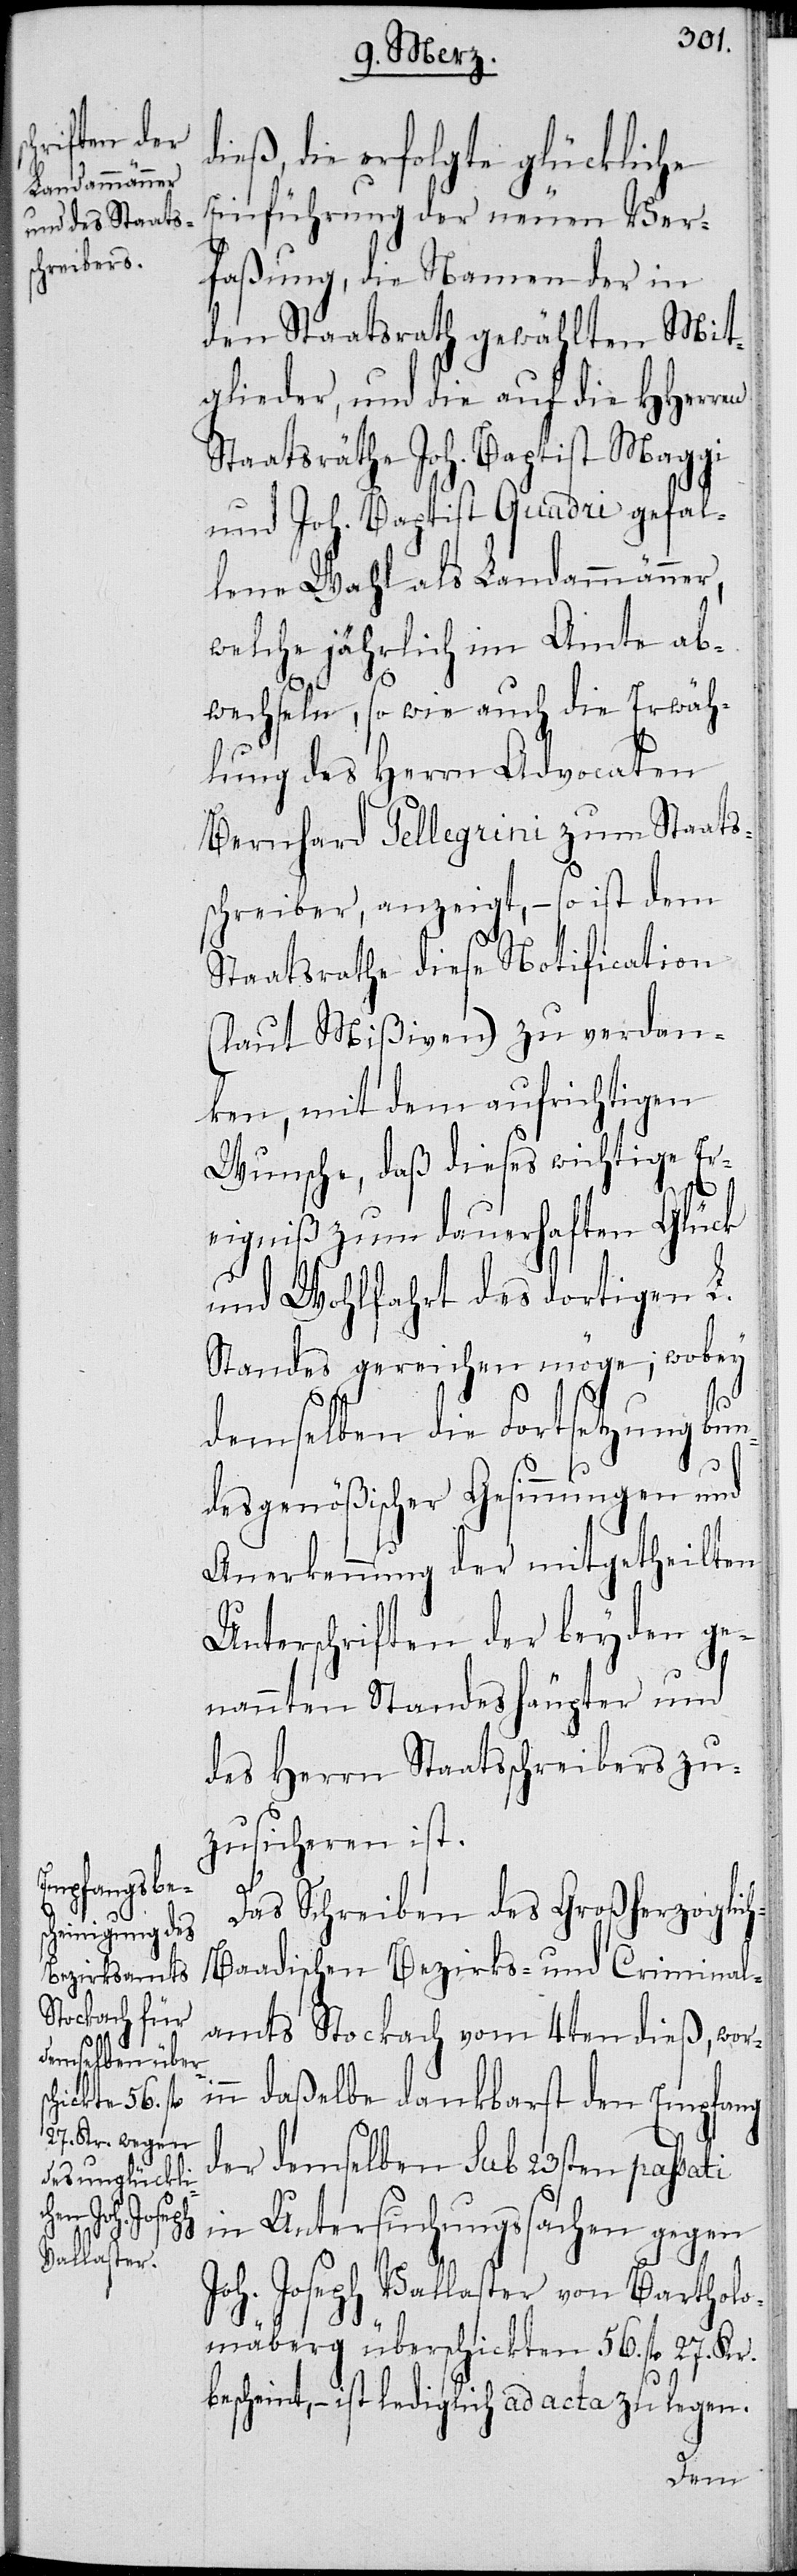
dieß, die erfolgte glückliche
Einführung der neuen Ver¬
faßung, die Namen der in
den Staatsrath gewählten Mit¬
glieder, und die auf die HHerren
Staatsräthe Joh. Baptist Maggi
und Joh. Baptist Quadri gefal¬
lene Wahl als Landammänner,
welche jährlich im Amt ab¬
wechseln, so wie auch die Erwäh¬
lung des Herrn Advocaten
Bernhard Pellegrini zum Staats¬
schreiber, angezeigt, – so ist dem
Staatsrath diese Notification
(laut Mißiven) zu verdan¬
ken, mit dem aufrichtigen
Wunsche, daß dieses wichtige Er¬
eigniß zum dauerhaften Glück
und Wohlfahrt des dortigen L.
Standes gereichen möge; wobey
ri¬
demselben die Fortsetzung bun¬
desgenößischer Gesinnungen und
Anerkennung der mitgetheilten
Unterschriften der beyden ge¬
nannten Ständeshäupter und
des Herrn Staatsschreibers zu¬
zusicheren ist.
Das Schreiben des Großherzoglic¬
h-Baadischen Bezirks- und Criminal¬
amts Stockach vom 4ten dieß, wo¬
nn daßelbe dankbarst den Empfang
der demselben sub 23sten passati
in Untersuchungssachen gegen
Joh. Joseph Vallaster von Bartholo¬
mäberg überschickten 56. fl. 27. Kr.
bescheint, – ist lediglich ad acta zu legen.